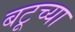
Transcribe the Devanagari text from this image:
बटूच्या